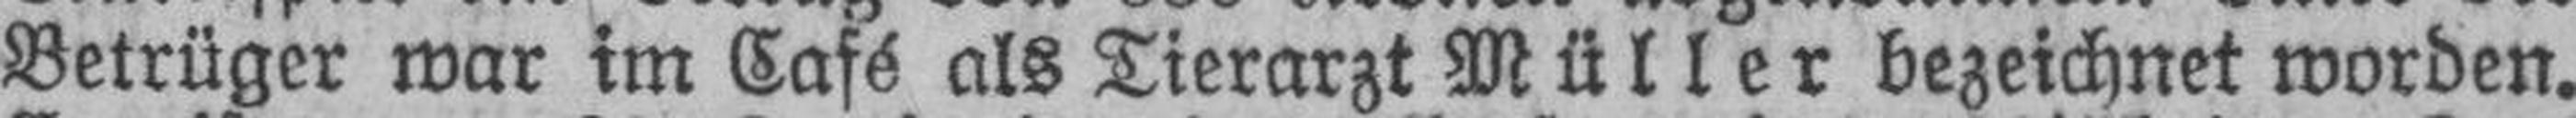
Betrüger war im Café als Tierarzt Müller bezeichnet worden.